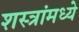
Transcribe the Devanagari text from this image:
शस्त्रांमध्ये